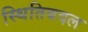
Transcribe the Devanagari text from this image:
स्थितिबदल